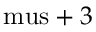
\mathrm { \ m u s } + 3